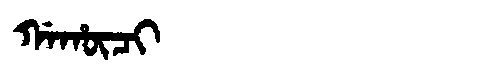
Manchu: ᡤᠠᡥᡡᠴᡳ
Romanization: GAHŪCI